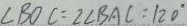
\angle B O C = 2 \angle B A C = 1 2 0 ^ { \circ }